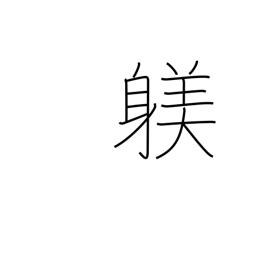
Meaning: training